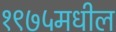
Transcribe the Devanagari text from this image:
१९७५मधील